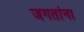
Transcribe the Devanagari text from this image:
जगतांना